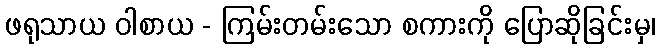
ဖရုသာယ ဝါစာယ - ကြမ်းတမ်းသော စကားကို ပြောဆိုခြင်းမှ၊